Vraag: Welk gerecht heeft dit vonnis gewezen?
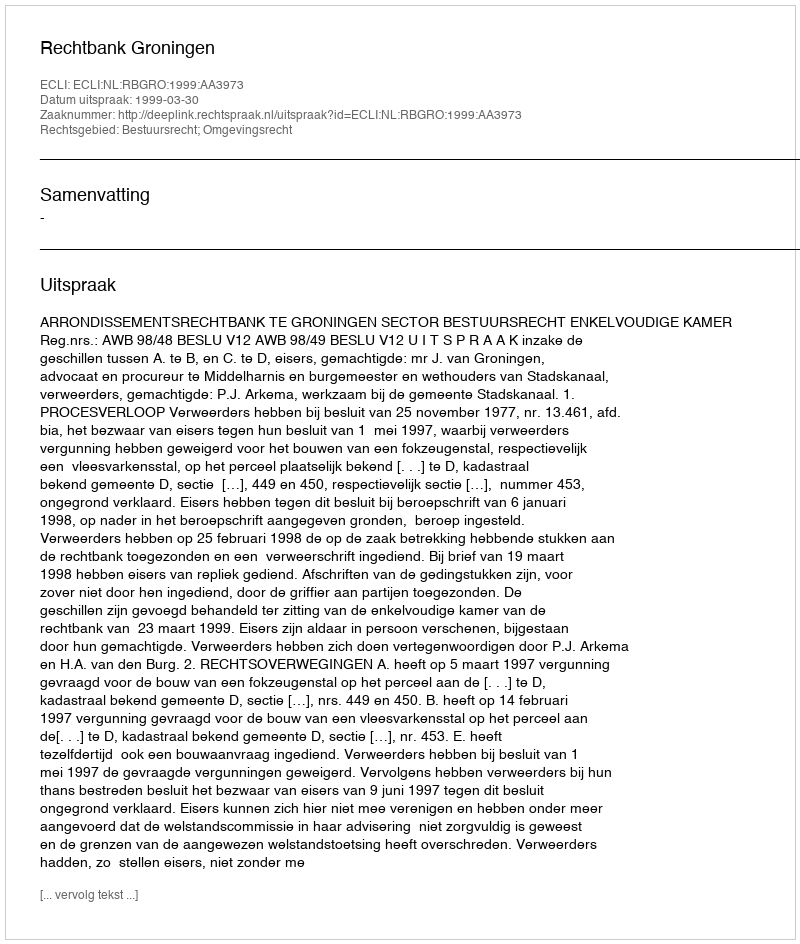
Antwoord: Rechtbank Groningen